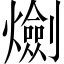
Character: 𤑯